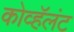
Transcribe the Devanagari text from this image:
कोव्हॅलंट